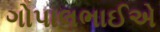
ગોપાલભાઈએ